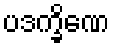
ပဒက္ခိဏေ